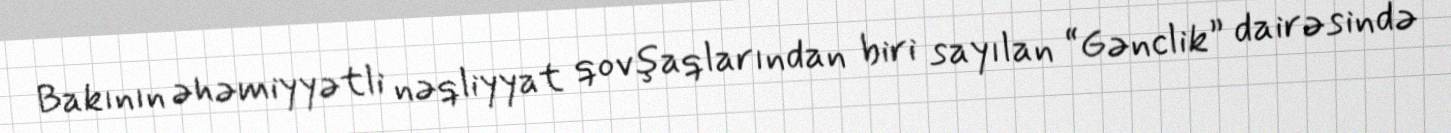
Bakının əhəmiyyətli nəqliyyat qovşaqlarından biri sayılan “Gənclik” dairəsində